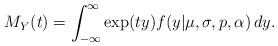
LaTeX: \begin{align*}M_{Y}(t) = \int_{-\infty}^{\infty} \exp(ty)f(y|\mu,\sigma,p,\alpha) \, dy.\end{align*}